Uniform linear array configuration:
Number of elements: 4
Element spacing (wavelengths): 0.75
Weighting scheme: hamming
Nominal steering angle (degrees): -30
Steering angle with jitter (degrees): -30.521
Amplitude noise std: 0.05
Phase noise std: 0.05

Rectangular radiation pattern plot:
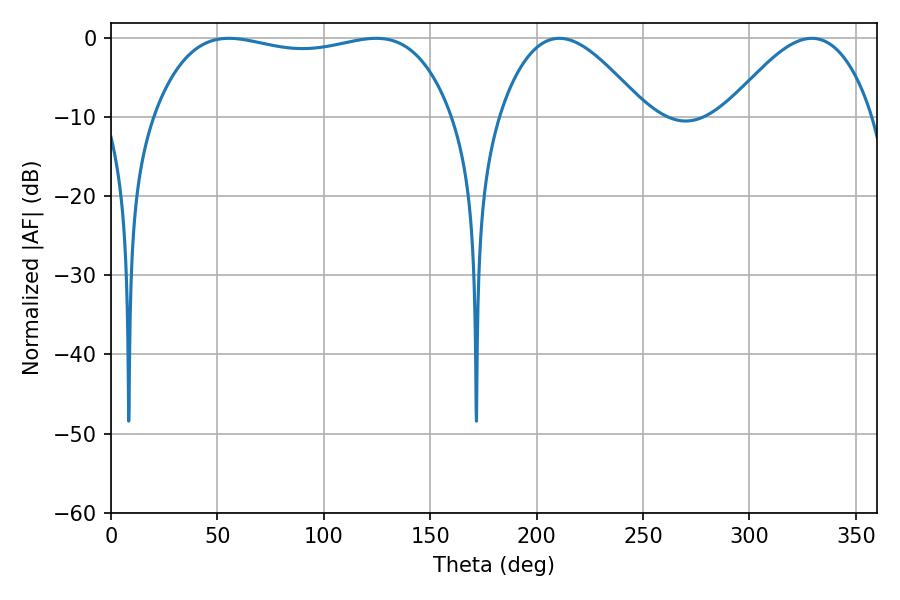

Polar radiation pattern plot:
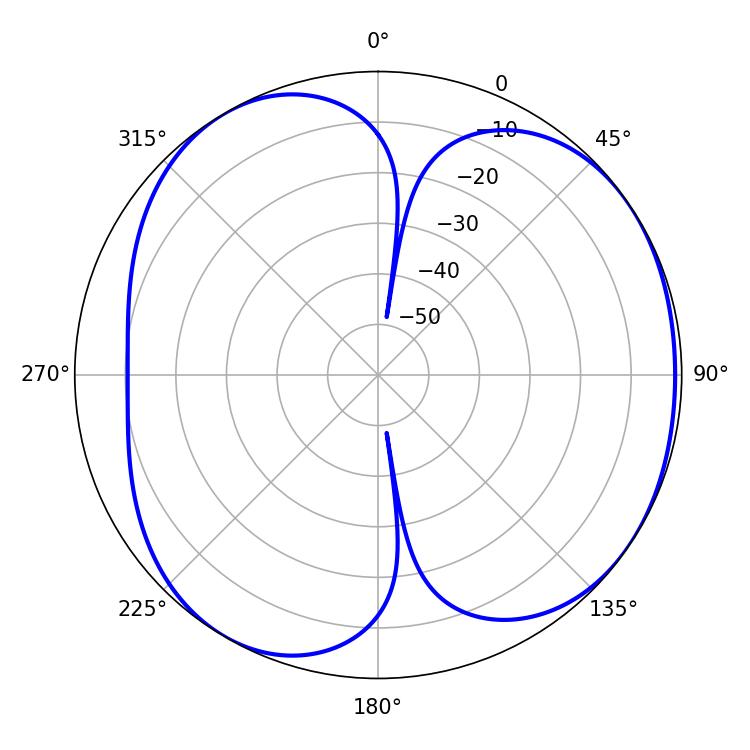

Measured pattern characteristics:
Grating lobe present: TRUE
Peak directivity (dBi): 4.768
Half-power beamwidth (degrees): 112.68
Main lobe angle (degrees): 55.44